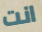
انت